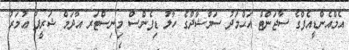
އެމްއެންޑީއެފްގެ ސާޖަންޓް އަޙްމަދު ސަމްޝާދްގެ ހާލު ޑިފެންސް މިނިސްޓަރ އާދަމް ޝަރީފު ޢުމަރު